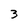
Character: 3